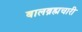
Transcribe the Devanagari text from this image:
बालब्रह्मचारी